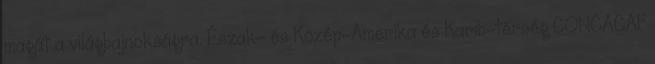
magát a világbajnokságra. Észak- és Közép-Amerika és Karib-térség CONCACAF